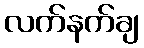
လက်နက်ချ